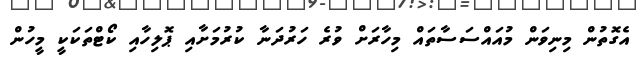
އެގޮތުން މިނިވަން މުއައްސަސާތައް މިހާރަށް ވުރެ ހަރުދަނާ ކުރުމަށާއި ޕޮލިހާއި ކޯޓްތަކަކީ މީހުން